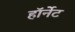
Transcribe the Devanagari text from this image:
हाॅर्नेट